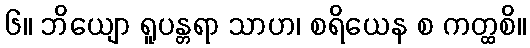
၆။ ဘိယျော ရူပန္တရာ သာဟ၊ စရိယေန စ ကတ္ထစိ။